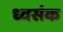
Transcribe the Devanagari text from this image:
ध्वसंक